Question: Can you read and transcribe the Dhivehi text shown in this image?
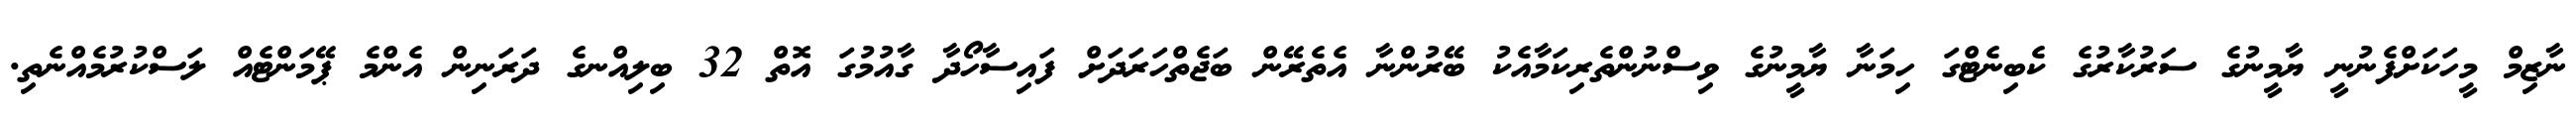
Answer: ނާޒިމް މީހަކަށްފެނުނީ ޔާމީނުގެ ސަރުކާރުގެ ކެބިނެޓްގަ ހިމަނާ ޔާމީނުގެ ވިސްނުންތެރިކަމާއެކު ބޭރުންނާ އެތެރޭން ބަޖެތްހަރަދަށް ފައިސާހޯދާ ގާއުމުގަ އޮތް 32 ބިލިއްނގެ ދަރަނިން އެންމެ ޕޭމަންޓެއް ލަސްކުރުމެއްނެތި.